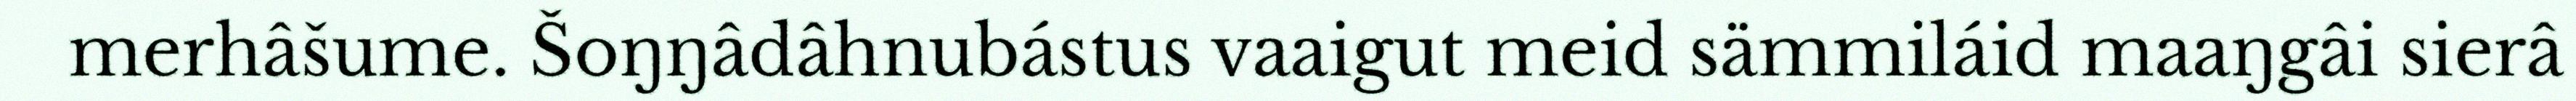
merhâšume. Šoŋŋâdâhnubástus vaaigut meid sämmiláid maaŋgâi sierâ